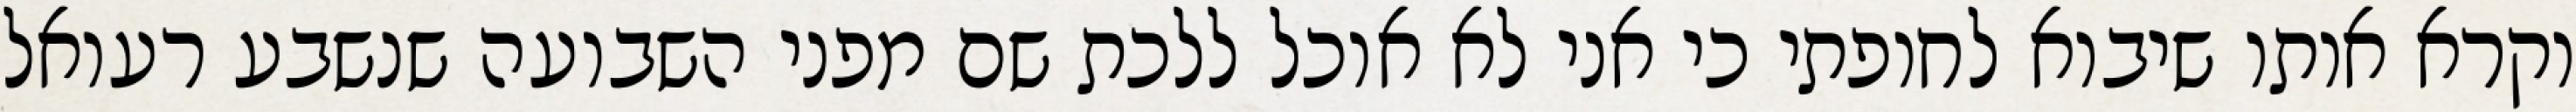
וקרא אותו שיבוא לחופתי כי אני לא אוכל ללכת שם מפני השבועה שנשבע רעואל